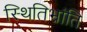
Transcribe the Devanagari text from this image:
स्थितिभ्रांति